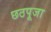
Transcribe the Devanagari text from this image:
छठपूजा